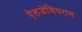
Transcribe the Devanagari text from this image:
ऐलजेसियरास